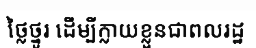
ថ្លៃថ្នូរ ដើម្បីក្លាយខ្លួនជាពលរដ្ឋ